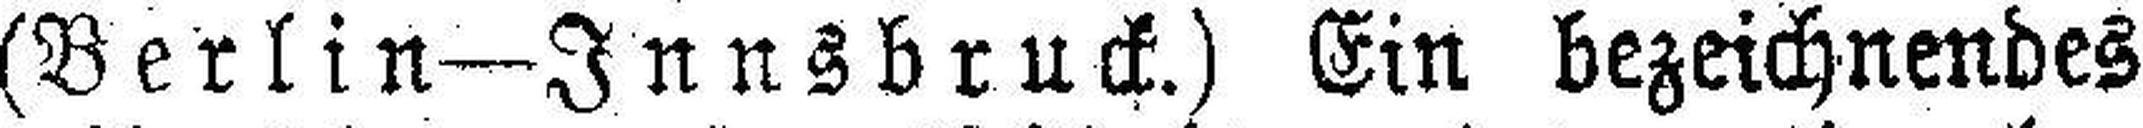
(Berlin—Innsbruck.) Ein bezeichnendes